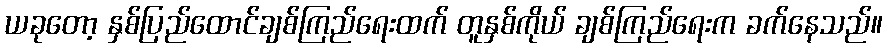
ယခုတော့ နှစ်ပြည်ထောင်ချစ်ကြည်ရေးထက် တူနှစ်ကိုယ် ချစ်ကြည်ရေးက ခက်နေသည်။